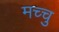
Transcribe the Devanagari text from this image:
मच्चु